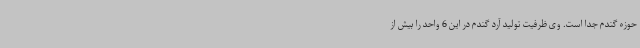
حوزه گندم جدا است. وی ظرفیت تولید آرد گندم در این 6 واحد را بیش از